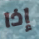
إذا